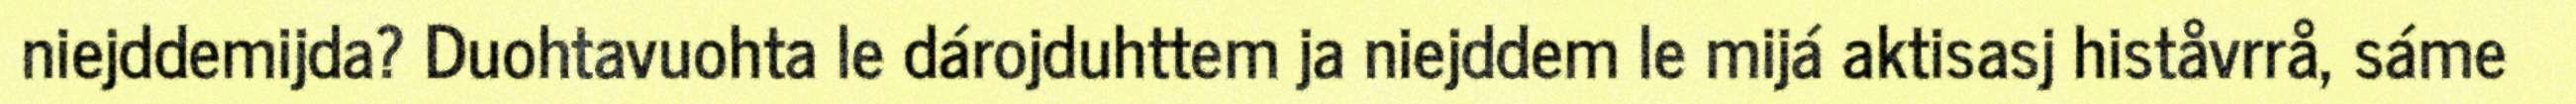
niejddemijda? Duohtavuohta le dárojduhttem ja niejddem le mijá aktisasj histåvrrå, sáme